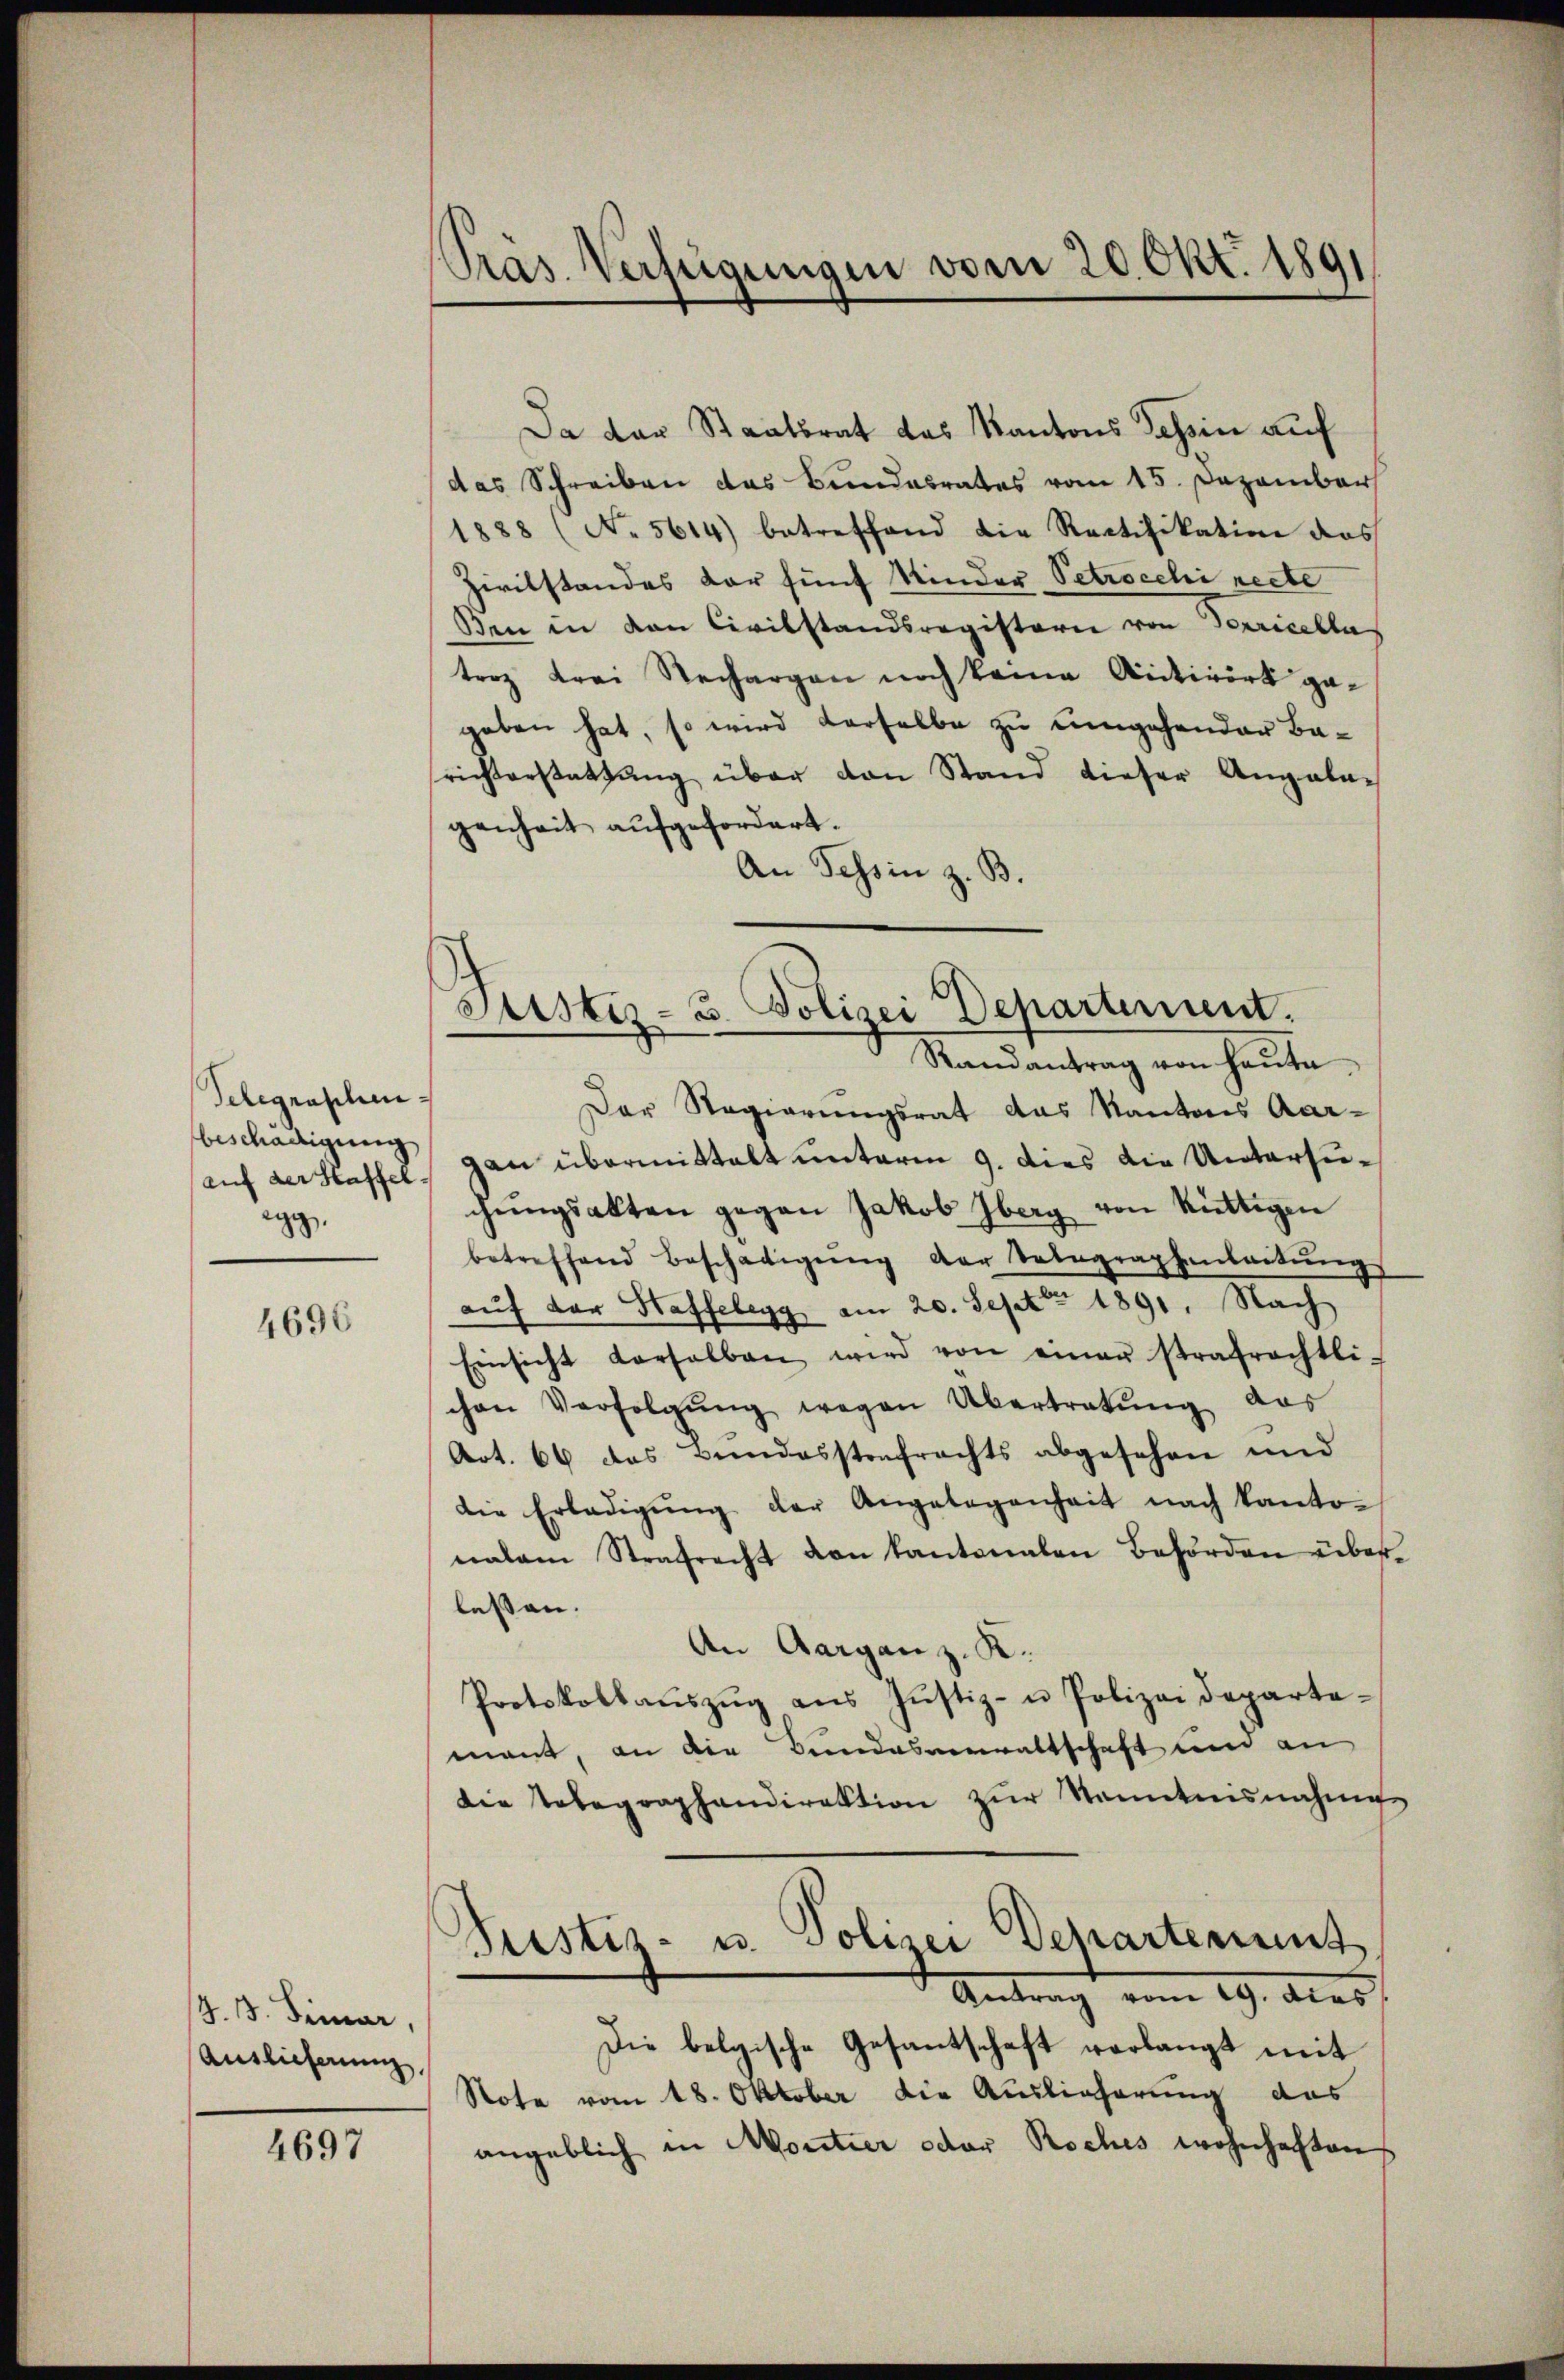
Telegraschen
beschädigung,
auf der Haffel
egg,

4696

(z. B. Demar,
Auslieferung,

4697

Präs. Verfügungen vom 20. Okt. 1891

Da der Staatsrat das Kantons Tessin auf
das Schreiben das Bundesrates vom 15. Dezember
1888 (No 5614) betreffend die Rectifikation das
Zivilstandes der fünf Kinder Petrocchi recte
Ben in den Civilstandsregistern von Terricella
troz drei Stechargen noch keine Antwort gegeben hat, so wird derselbe zu umgehender Barichterstattung über von Stand dieser Angala-
genheit aufgefordert.
An Tessin z. B.

Justiz- 3. Polizei Departement.
Randantrag von heute

Der Regierungsrat das Kantons Aar-
an übermittalt unterm 9. dies die Untersuchŭngsakten gegen Jakob Iberg von Rüttigen
betreffend Beschädigŭng der Telegraphenleitŭng
auf der Haffelegg, am 20. Sept 1891. Nach
Einsicht derselben wird von einer strafrechtli-
chen Verfolgŭng wegen Übertretŭng aus
Art. 66 das Bundesstrafrechts abgesehen und
die Erledigŭng der Angelegenheit nach Kanto-
nalem Strafrecht von Kantonalen Behörden über
lessen.
An Aarganz. R.
Protokollaŭszŭg aŭs Jŭstiz- u Polizeideparte-
mant, an die Bundesverwaltschaft und an
die Telegraphendirektion zŭr Kenntnisnahme
Justiz- u. Polizei Departement.
Antrag vom 19. dies
Die belgische Gesantschaft verlangt mit
Rote vom 18. Oktober die Auslieferung des
angeblich in Moritier oder Roches wohnhaften